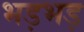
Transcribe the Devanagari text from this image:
भड़भड़